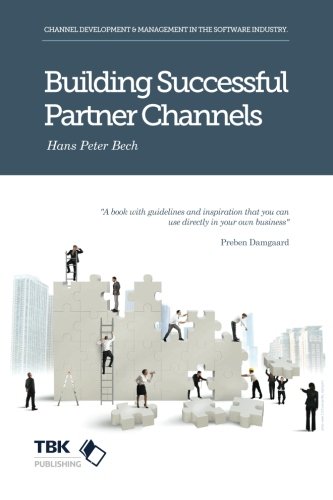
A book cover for Building Successful Partner Channels: in the software industry; Hans Peter Peter Bech; Business & Money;